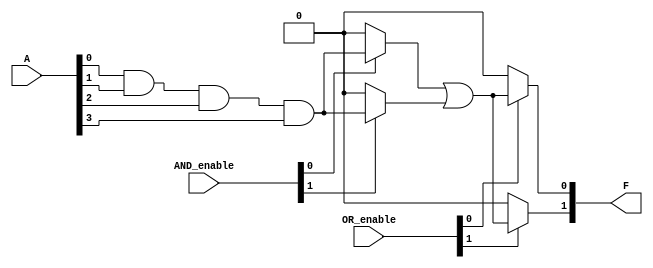
module PLA #(
    parameter NUM_INPUTS = 4, // Number of inputs A1, A2, ..., An
    parameter NUM_AND_GATES = 4, // Number of AND gates
    parameter NUM_OUTPUTS = 2 // Number of outputs F1, F2, ..., Fm
)(
    input wire [NUM_INPUTS-1:0] A, // Input vector
    input wire [NUM_AND_GATES-1:0] AND_enable, // Enable signals for AND gates
    input wire [NUM_OUTPUTS-1:0] OR_enable, // Enable signals for OR gates
    output wire [NUM_OUTPUTS-1:0] F // Output vector
);

    // Intermediate signals for AND gate outputs
    wire [NUM_AND_GATES-1:0] AND_out;

    // AND Array: Each AND gate can take inputs directly or inverted
    genvar i, j;
    generate
        for (i = 0; i < NUM_AND_GATES; i = i + 1) begin : AND_ARRAY
            assign AND_out[i] = (AND_enable[i]) ? 
                (A[0] & A[1] & A[2] & A[3]) : 0; // Example: All inputs ANDed together
        end
    endgenerate

    // OR Array: Each output can take inputs from multiple AND gates
    generate
        for (j = 0; j < NUM_OUTPUTS; j = j + 1) begin : OR_ARRAY
            assign F[j] = (OR_enable[j]) ? 
                (AND_out[0] | AND_out[1]) : 0; // Example: OR of first two AND outputs
        end
    endgenerate

endmodule